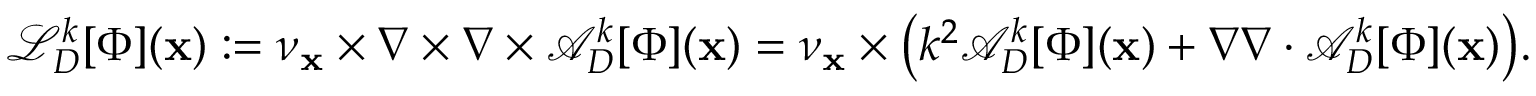
\mathcal { L } _ { D } ^ { k } [ \Phi ] ( \mathbf { x } ) : = \nu _ { \mathbf { x } } \times \nabla \times \nabla \times \mathcal { A } _ { D } ^ { k } [ \Phi ] ( \mathbf { x } ) = \nu _ { \mathbf { x } } \times \big ( k ^ { 2 } \mathcal { A } _ { D } ^ { k } [ \Phi ] ( \mathbf { x } ) + \nabla \nabla \cdot \mathcal { A } _ { D } ^ { k } [ \Phi ] ( \mathbf { x } ) \big ) .